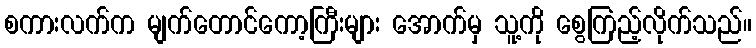
စကားလက်က မျက်တောင်ကော့ကြီးများ အောက်မှ သူ့ကို စွေကြည့်လိုက်သည်။